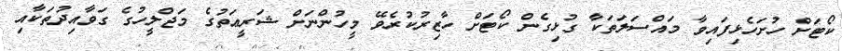
ކޯޓަށް ހުށަހެޅިފައިވާ މައްސަލަތަކާ ގުޅިގެން ކޯޓަށް ހާޒިރުކުރެވޭ މީހުންނަށް ޝަރީޢަތުގެ މަޖްލީހުގެ ގަވާއިދުތަކާއި